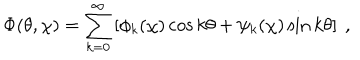
\Phi ( \theta , \chi ) = \sum _ { k = 0 } ^ { \infty } \left[ \phi _ { k } ( \chi ) \cos k \theta + \psi _ { k } ( \chi ) \sin k \theta \right] ~ ,